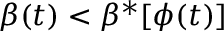
\beta ( t ) < \beta ^ { * } [ \phi ( t ) ]